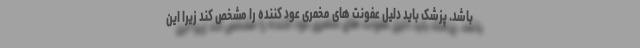
باشد. پزشک باید دلیل عفونت های مخمری عود کننده را مشخص کند زیرا این